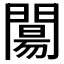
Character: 𨵶